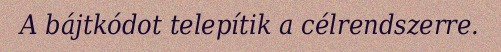
A bájtkódot telepítik a célrendszerre.